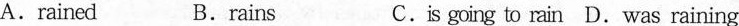
A. rained B. rains C. is going to rain D. Was raining